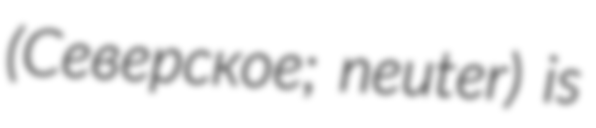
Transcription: (Северское; neuter) is